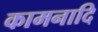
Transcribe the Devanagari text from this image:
कामनादि